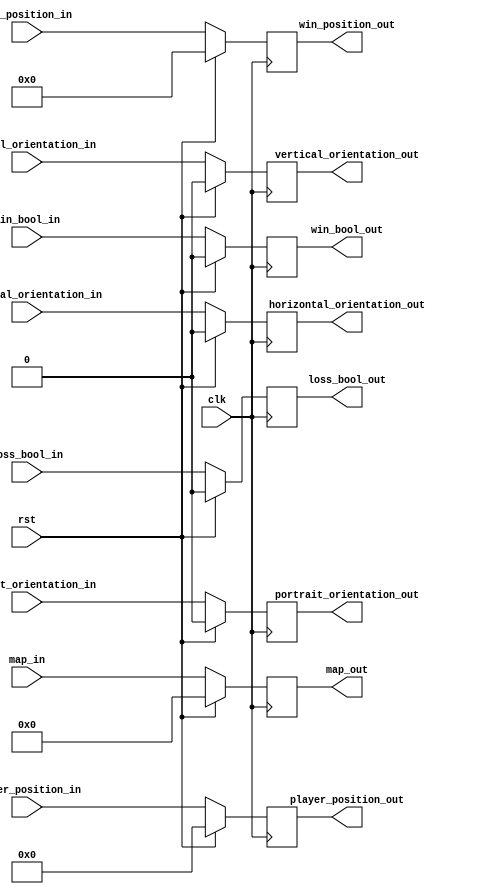
/*
   This file was generated automatically by the Mojo IDE version B1.3.6.
   Do not edit this file directly. Instead edit the original Lucid source.
   This is a temporary file and any changes made to it will be destroyed.
*/

module regfile_37 (
    input clk,
    input rst,
    input [255:0] map_in,
    input [15:0] player_position_in,
    input [7:0] win_position_in,
    input win_bool_in,
    input loss_bool_in,
    input portrait_orientation_in,
    input horizontal_orientation_in,
    input vertical_orientation_in,
    output reg [255:0] map_out,
    output reg [15:0] player_position_out,
    output reg [7:0] win_position_out,
    output reg win_bool_out,
    output reg loss_bool_out,
    output reg portrait_orientation_out,
    output reg horizontal_orientation_out,
    output reg vertical_orientation_out
  );
  
  
  
  reg [255:0] M_map_d, M_map_q = 1'h0;
  reg [15:0] M_player_position_d, M_player_position_q = 1'h0;
  reg [7:0] M_win_position_d, M_win_position_q = 1'h0;
  reg M_win_bool_d, M_win_bool_q = 1'h0;
  reg M_loss_bool_d, M_loss_bool_q = 1'h0;
  reg M_portrait_orientation_d, M_portrait_orientation_q = 1'h0;
  reg M_horizontal_orientation_d, M_horizontal_orientation_q = 1'h0;
  reg M_vertical_orientation_d, M_vertical_orientation_q = 1'h0;
  
  always @* begin
    M_player_position_d = M_player_position_q;
    M_vertical_orientation_d = M_vertical_orientation_q;
    M_portrait_orientation_d = M_portrait_orientation_q;
    M_loss_bool_d = M_loss_bool_q;
    M_map_d = M_map_q;
    M_win_position_d = M_win_position_q;
    M_horizontal_orientation_d = M_horizontal_orientation_q;
    M_win_bool_d = M_win_bool_q;
    
    M_map_d = map_in;
    map_out = M_map_q;
    M_player_position_d = player_position_in;
    player_position_out = M_player_position_q;
    M_win_position_d = win_position_in;
    win_position_out = M_win_position_q;
    M_win_bool_d = win_bool_in;
    win_bool_out = M_win_bool_q;
    M_loss_bool_d = loss_bool_in;
    loss_bool_out = M_loss_bool_q;
    M_portrait_orientation_d = portrait_orientation_in;
    portrait_orientation_out = M_portrait_orientation_q;
    M_horizontal_orientation_d = horizontal_orientation_in;
    horizontal_orientation_out = M_horizontal_orientation_q;
    M_vertical_orientation_d = vertical_orientation_in;
    vertical_orientation_out = M_vertical_orientation_q;
  end
  
  always @(posedge clk) begin
    if (rst == 1'b1) begin
      M_map_q <= 1'h0;
      M_player_position_q <= 1'h0;
      M_win_position_q <= 1'h0;
      M_win_bool_q <= 1'h0;
      M_loss_bool_q <= 1'h0;
      M_portrait_orientation_q <= 1'h0;
      M_horizontal_orientation_q <= 1'h0;
      M_vertical_orientation_q <= 1'h0;
    end else begin
      M_map_q <= M_map_d;
      M_player_position_q <= M_player_position_d;
      M_win_position_q <= M_win_position_d;
      M_win_bool_q <= M_win_bool_d;
      M_loss_bool_q <= M_loss_bool_d;
      M_portrait_orientation_q <= M_portrait_orientation_d;
      M_horizontal_orientation_q <= M_horizontal_orientation_d;
      M_vertical_orientation_q <= M_vertical_orientation_d;
    end
  end
  
endmodule